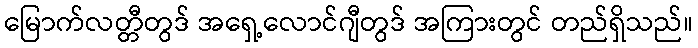
မြောက်လတ္တီတွဒ် အရှေ့လောင်ဂျီတွဒ် အကြားတွင် တည်ရှိသည်။